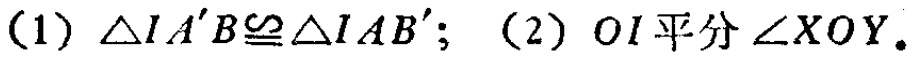
(1) $\triangle IA'B\cong\triangle IAB'$; (2) $OI$平分$\angle XOY$.